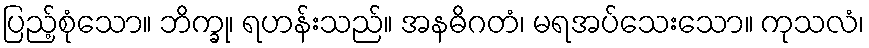
ပြည့်စုံသော။ ဘိက္ခု၊ ရဟန်းသည်။ အနဓိဂတံ၊ မရအပ်သေးသော။ ကုသလံ၊